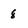
Character: 8